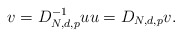
\begin{align*}v=D_{N,d,p}^{-1}uu=D_{N,d,p}v.\end{align*}